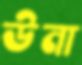
উনা